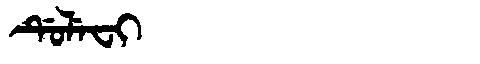
Manchu: ᡩᡠᠯᡝᠸᡳ
Romanization: DULEFI